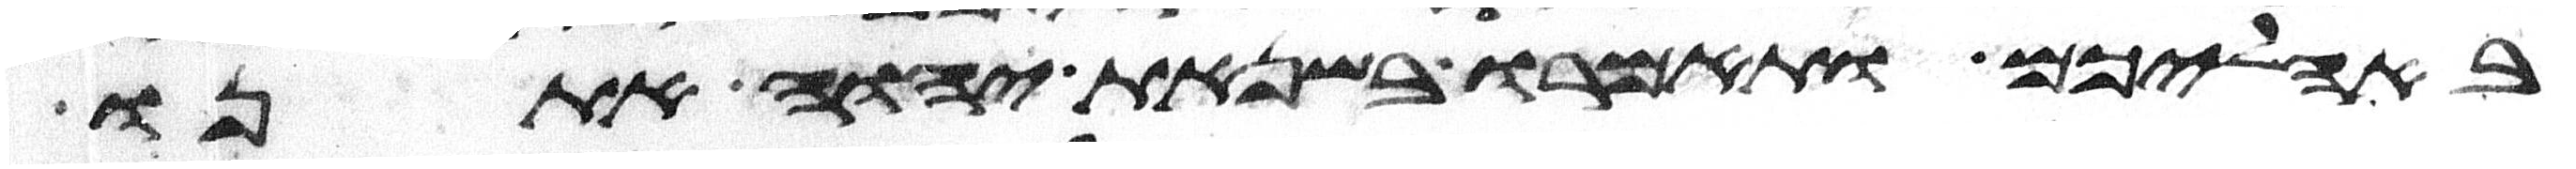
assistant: באהליכם ותאמרו בשנאת יהוה אתנו